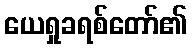
ယေရှုခရစ်တော်၏